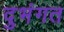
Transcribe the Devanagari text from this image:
दुभंगत